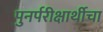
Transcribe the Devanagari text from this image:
पुनर्परीक्षार्थीचा